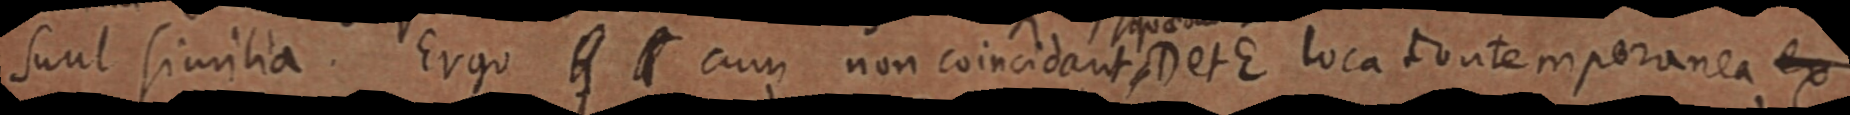
sunt similia. Ergo _ cum non coincidant, D et E loca contemporanea ex